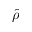
\hat { \rho }